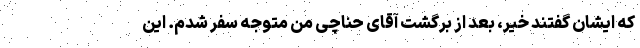
که ایشان گفتند خیر، بعد از برگشت آقای حناچی من متوجه سفر شدم. این